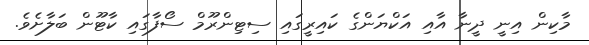
މާކިން އިނީ ދީނާ އާއި އަކްޔަންގެ ކައިރީގައި ސިޓިންރޫމް ސޯފާގައި ކާޓޫން ބަލާށެވެ.